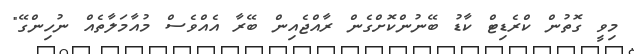
މިވީ ގޮތުން ކްރެޑިޓް ކާޑު ބޭނުންކޮށްގެން ރާއްޖެއިން ބޭރާ އެއްވެސް މުއާމަލާތެއް ނުހިންގޭ"